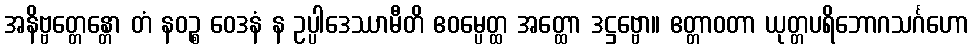
အနိဗ္ဗတ္တေန္တော တံ နဝဉ္စ ဝေဒနံ န ဥပ္ပါဒေဿာမီတိ ဧဝမ္ပေတ္ထ အတ္ထော ဒဋ္ဌဗ္ဗော။ ဧတ္တာဝတာ ယုတ္တပရိဘောဂသင်္ဂဟော